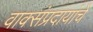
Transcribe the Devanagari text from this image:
वाक्संप्रदायांचे